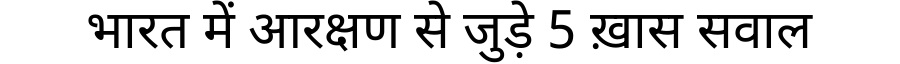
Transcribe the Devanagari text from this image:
भारत में आरक्षण से जुड़े 5 ख़ास सवाल